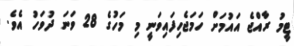
ޓީމު ރާއްޖެ އައުމަށް ހަމަޖެހިފައިވަނީ މި މަހުގެ 28 ވަނަ ދުވަހު އެވެ.